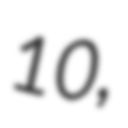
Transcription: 10,